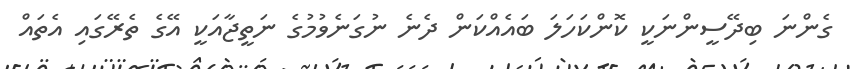
ގެންނަ ބިދޭސީންނަކީ ކޮންކަހަލަ ބައެއްކަން ދެނެ ނުގަނެވުމުގެ ނަތީޖާއަކީ އޭގެ ތެރޭގައި އެތައް